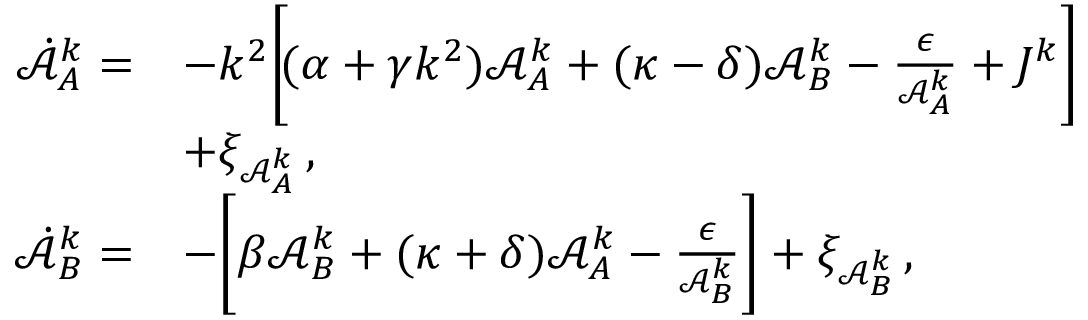
\begin{array} { r l } { \dot { \mathcal { A } } _ { A } ^ { k } = } & { - k ^ { 2 } \bigg [ \! ( \alpha + \gamma k ^ { 2 } ) \mathcal { A } _ { A } ^ { k } + ( \kappa - \delta ) \mathcal { A } _ { B } ^ { k } - \frac { \epsilon } { \mathcal { A } _ { A } ^ { k } } + J ^ { k } \bigg ] } \\ & { + \xi _ { \mathcal { A } _ { A } ^ { k } } \, , } \\ { \dot { \mathcal { A } } _ { B } ^ { k } = } & { - \bigg [ \beta \mathcal { A } _ { B } ^ { k } + ( \kappa + \delta ) \mathcal { A } _ { A } ^ { k } - \frac { \epsilon } { \mathcal { A } _ { B } ^ { k } } \bigg ] + \xi _ { \mathcal { A } _ { B } ^ { k } } \, , } \end{array}